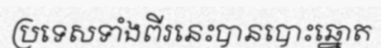
ប្រទេសទាំងពីរនេះបានបោះឆ្នោត